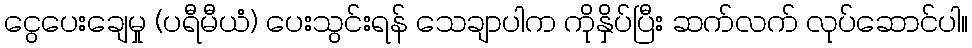
ငွေပေးချေမှု (ပရီမီယံ) ပေးသွင်းရန် သေချာပါက ကိုနှိပ်ပြီး ဆက်လက် လုပ်ဆောင်ပါ။